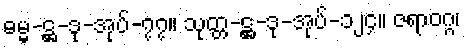
ဓမ္မ-ဋ္ဌ-ဒု-အုပ်-၇၇။ သုတ္တ-ဋ္ဌ-ဒု-အုပ်-၁၂၄။ ဇရာဝဂ္ဂ၊